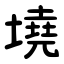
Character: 墝